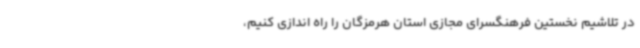
در تلاشیم نخستین فرهنگسرای مجازی استان هرمزگان را راه اندازی کنیم،